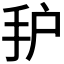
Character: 𰓈